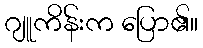
ဂျူကိန်းက ပြော၏။